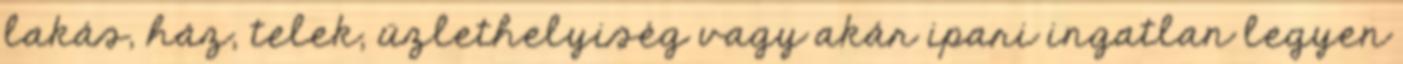
lakás, ház, telek, üzlethelyiség vagy akár ipari ingatlan legyen